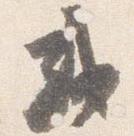
或